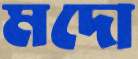
মদো